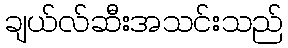
ချယ်လ်ဆီးအသင်းသည်